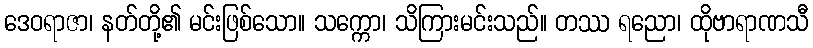
ဒေဝရာဇာ၊ နတ်တို့၏ မင်းဖြစ်သော။ သက္ကော၊ သိကြားမင်းသည်။ တဿ ရညော၊ ထိုဗာရာဏသီ